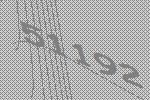
51192